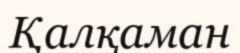
Қалқаман